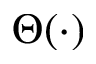
\Theta ( \cdot )